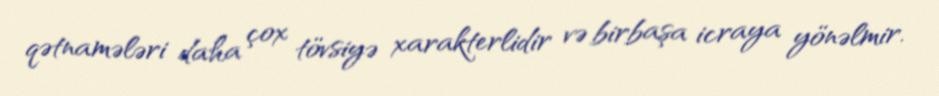
qətnamələri daha çox tövsiyə xarakterlidir və birbaşa icraya yönəlmir.